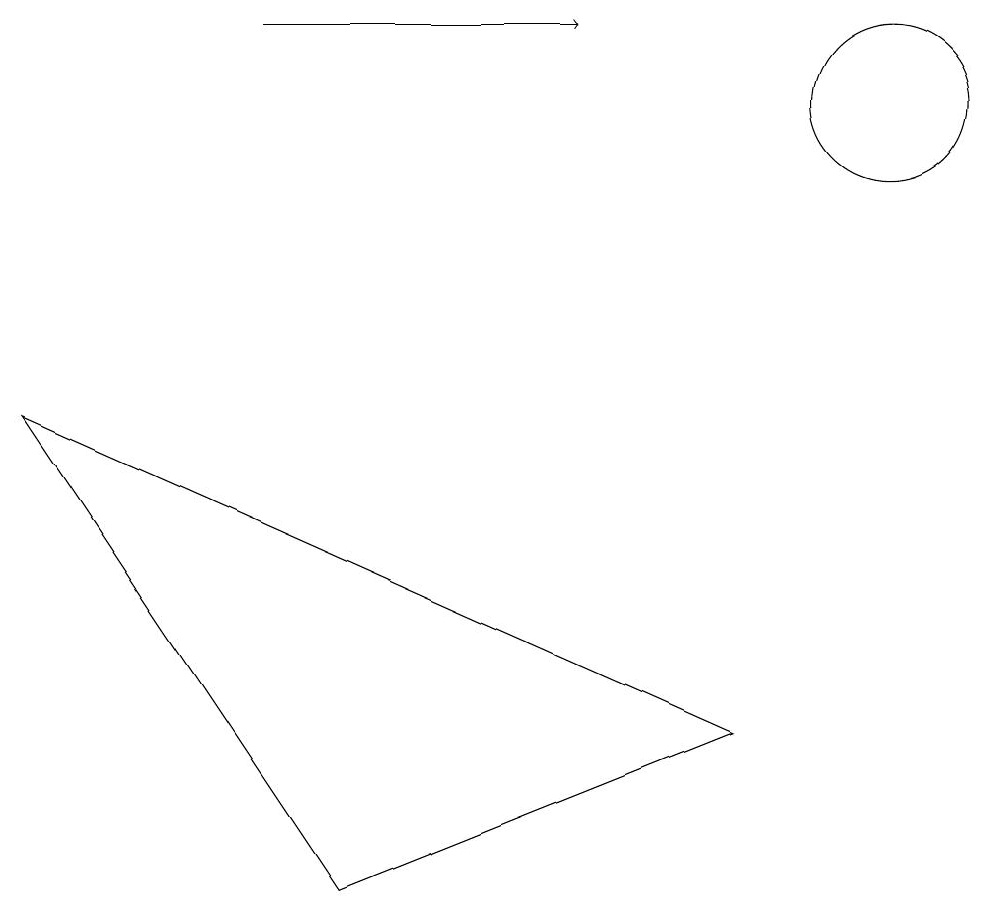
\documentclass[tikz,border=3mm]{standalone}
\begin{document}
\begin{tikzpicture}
\draw (12,11) circle (0);
\draw (0,6) -- (4,0) -- (9,2) -- cycle;
\draw[->] (3,11) -- (7,11);
\draw (11,10) circle (1);
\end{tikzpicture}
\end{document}